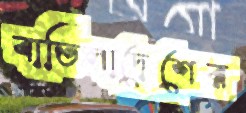
বাতিলাদেশের